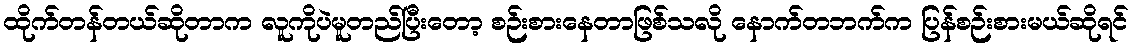
ထိုက်တန်တယ်ဆိုတာက လူကိုပဲမူတည်ပြီးတော့ စဉ်းစားနေတာဖြစ်သလို နောက်တဘက်က ပြန်စဉ်းစားမယ်ဆိုရင်